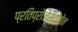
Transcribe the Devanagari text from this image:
प्रतिप्रोजेस्टोजेन